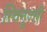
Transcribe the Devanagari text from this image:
स्विनूज्सी